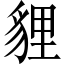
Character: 貍